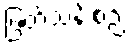
ဖြတ်သန်းစဉ်